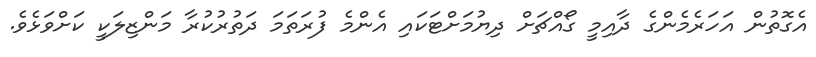
އެގޮތުން އަހަރެމެންގެ ދާއިމީ ގޯއްޗަށް ދިޔުމަށްޓަކައި އެންމެ ފުރަތަމަ ދަތުރުކުރާ މަންޒިލަކީ ކަށްވަޅެވެ.